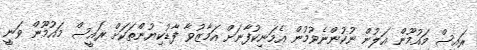
ރައީސް މައުމޫން އަލުން ނުކުންނެވުމުން އެމަނިކުފާނަށް އަމާޒުވާ ފާޑުކިޔުންތަކަށް ރައީސް މައުމޫން ވަނީ